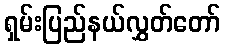
ရှမ်းပြည်နယ်လွှတ်တော်